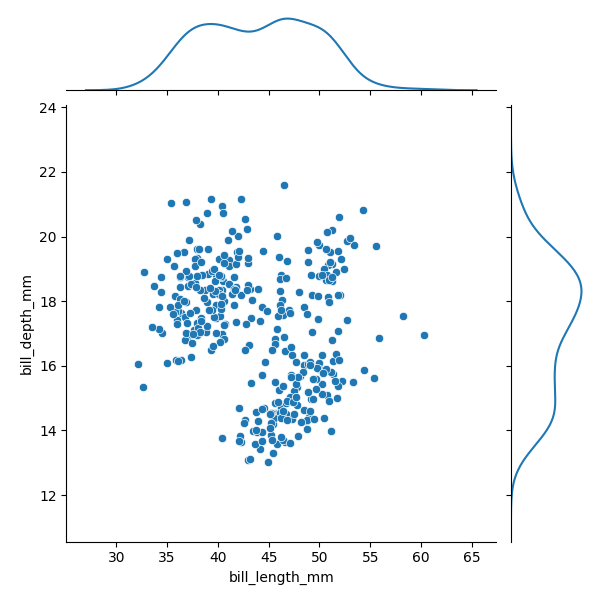
python, seaborn, JointGrid, scatterplot, kdeplot